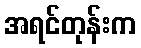
အရင်တုန်းက